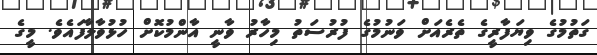
ގަތުމުގެ ވިޔަފާރީގެ ތެރެއަށް ވަނުމުގެ ފުރުސަތު މިހާރު ވާނީ އާންމުކޮށް ހުޅުވާލާފައެވެ. މީގެ